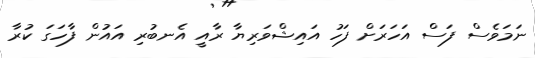
ނަމަވެސް ފަސް އަހަރަށް ފަހު އައިޝްވަރިޔާ ރާއީ އެނބުރި އައުން ފާހަގަ ކުރާ